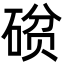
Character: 𮀧